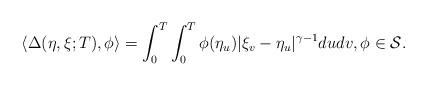
LaTeX: \begin{align*}\langle \Delta(\eta,\xi;T),\phi \rangle=\int_0^T \int_0^T\phi(\eta_u)|\xi_v-\eta_u|^{\gamma-1}dudv, \phi \in \mathcal{S}.\end{align*}